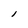
Character: l